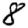
Digit: 8